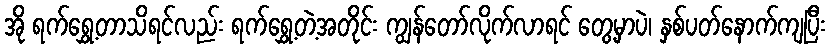
အို ရက်ရွှေ့တာသိရင်လည်း ရက်ရွှေ့တဲ့အတိုင်း ကျွန်တော်လိုက်လာရင် တွေ့မှာပဲ၊ နှစ်ပတ်နောက်ကျပြီး